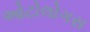
ઓટોલોગસ